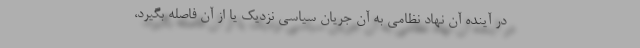
در آینده آن نهاد نظامی به آن جریان سیاسی نزدیک یا از آن فاصله بگیرد،